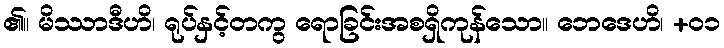
၏။ မိဿာဒီဟိ၊ ရုပ်နှင့်တကွ ရောခြင်းအစရှိကုန်သော။ ဘေဒေဟိ၊ +၀၁